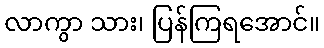
လာကွာ သား၊ ပြန်ကြရအောင်။